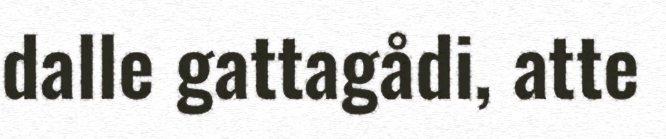
dalle gattagådi, atte